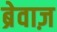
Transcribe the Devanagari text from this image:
ब्रेवाज़